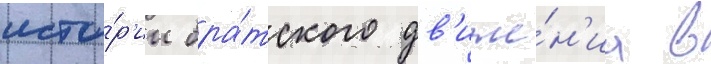
исто́р'ии бра́тского дв'иже́н'иа в